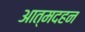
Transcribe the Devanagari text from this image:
आत्मदहन